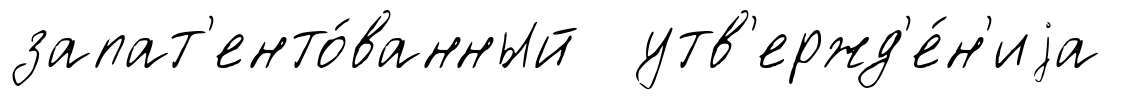
запат'енто́ванный утв'ержд'е́н'иjа